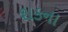
શકના